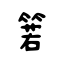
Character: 箬